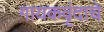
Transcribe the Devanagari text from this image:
गायकवृंदाचे